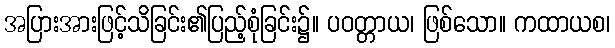
အပြားအားဖြင့်သိခြင်း၏ပြည့်စုံခြင်း၌။ ပဝတ္တာယ၊ ဖြစ်သော။ ကထာယစ၊